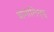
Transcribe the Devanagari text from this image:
ब्रोमीलिएड